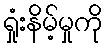
ရှုံးနိမ့်မှုကို